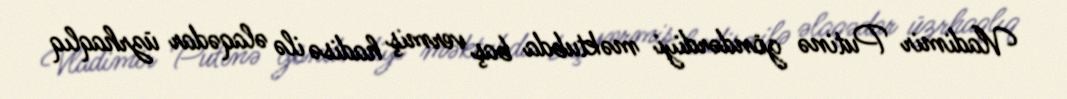
Vladimir Putinə göndərdiyi məktubda baş vermiş hadisə ilə əlaqədar üzrhaqlıq